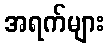
အရက်များ